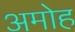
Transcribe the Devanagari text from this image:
अमोह